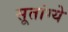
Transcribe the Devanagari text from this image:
सूतांग्ये